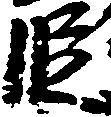
段